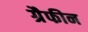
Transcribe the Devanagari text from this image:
ग्रैफीन